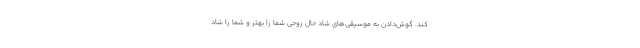
کند. گوش‌دادن به موسیقی‌های شاد حال روحی شما را بهتر و شما را شاد